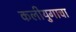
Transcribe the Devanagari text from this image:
कलीयुगाचा